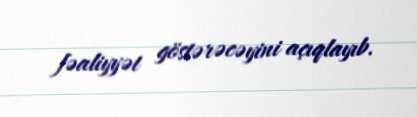
fəaliyyət göstərəcəyini açıqlayıb.